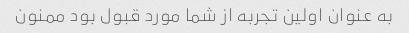
به عنوان اولین تجربه از شما مورد قبول بود ممنون